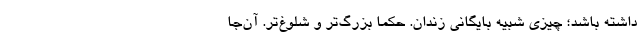
داشته باشد؛ چیزی شبیه بایگانی زندان. حکماً بزرگ‌تر و شلوغ‌تر. آن‌جا